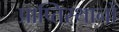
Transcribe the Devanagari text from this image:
प्राप्तिस्थानों